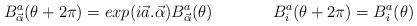
LaTeX: \begin{align*}B^a_{\vec{\alpha}} (\theta + 2\pi)= exp(i \vec{a}. \vec{\alpha} )B^a_{\vec{\alpha}} (\theta) \hspace{.6 in}B^a_i(\theta +2 \pi)=B^a_i(\theta)\end{align*}